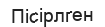
Пісірлген